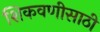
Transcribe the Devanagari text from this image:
शिकवणीसाठी